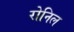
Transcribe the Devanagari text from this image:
रोनिल